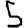
Digit: 5